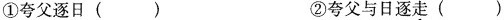
①夸父逐日 ( ) ②夸父与日逐走 ( )